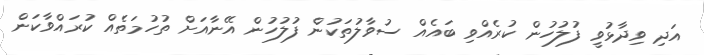
އަދި ވިދާޅުވީ ފުލުހުން ކުރެއްވި ބައެއް ސުވާލުތަކުން ފުލުހުން އޭނާއަށް ތުހުމަތެއް ކުރައްވާކަން